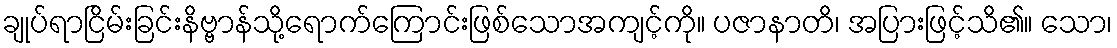
ချုပ်ရာငြိမ်းခြင်းနိဗ္ဗာန်သို့ရောက်ကြောင်းဖြစ်သောအကျင့်ကို။ ပဇာနာတိ၊ အပြားဖြင့်သိ၏။ သော၊